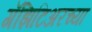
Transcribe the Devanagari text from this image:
गॅझिटिअरच्या